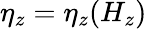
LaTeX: \eta_{z}=\eta_{z}(H_{z})